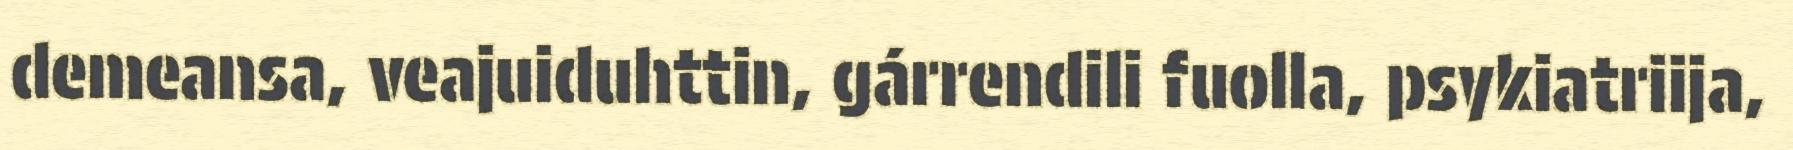
demeansa, veajuiduhttin, gárrendili fuolla, psykiatriija,